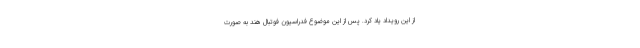
از این رویداد یاد کرد. پس از این موضوع فدراسیون فوتبال هند به صورت